Scottish Leaving Certificate Examination, 1959
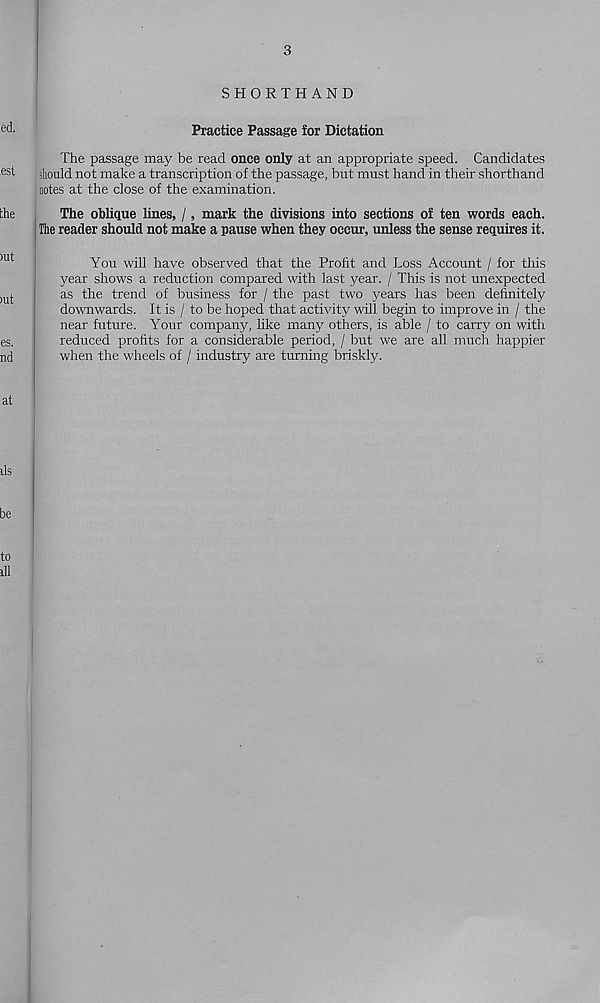
3
SHORTHAND
Practice Passage for Dictation
The passage may be read once only at an appropriate speed. Candidates
should not make a transcription of the passage, but must hand in their shorthand
notes at the close of the examination.
The oblique lines, /, mark the divisions into sections of ten words each.
The reader should not make a pause when they occur, unless the sense requires it.
You will have observed that the Profit and Loss Account / for this
year shows a reduction compared with last year. / This is not unexpected
as the trend of business for / the past two years has been definitely
downwards. It is / to be hoped that activity will begin to improve in / the
near future. Your company, like many others, is able / to carry on with
reduced profits for a considerable period, / but we are all much happier
when the wheels of / industry are turning briskly.